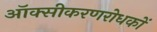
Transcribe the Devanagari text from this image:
ऑक्सीकरणरोधकों